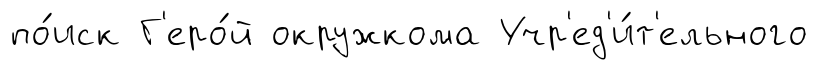
по́иск Г'еро́й окружкома Учр'ед'и́т'ельного